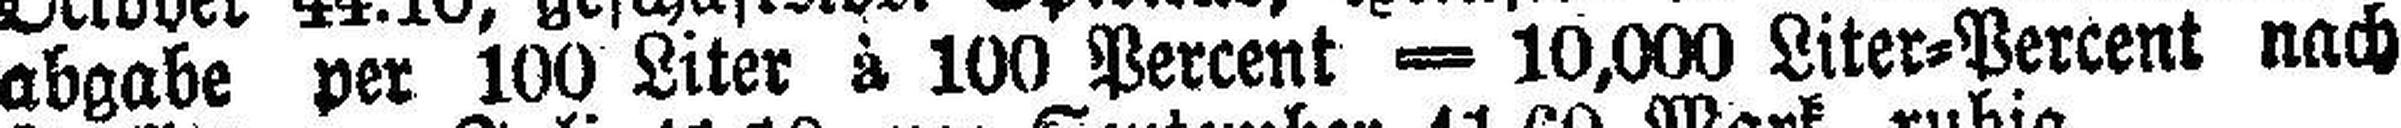
abgabe per 100 Liter à 100 Percent ═ 10,000 Liter=Percent nach